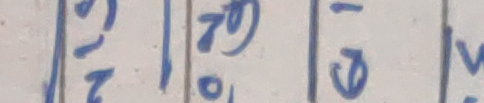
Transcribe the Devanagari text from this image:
१२ ७० १६